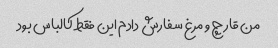
من قارچ و مرغ سفارش دادم این فقط کالباس بود